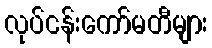
လုပ်ငန်းကော်မတီများ